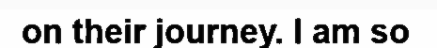
on their journey. I am so